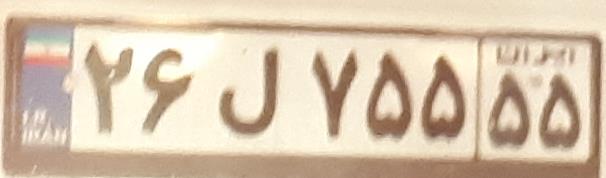
۲۶ل۷۵۵۵۵